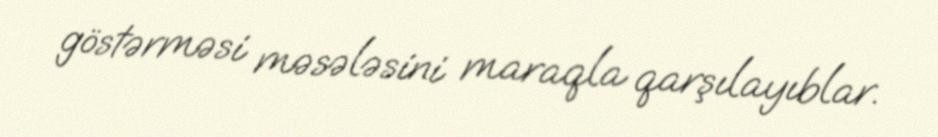
göstərməsi məsələsini maraqla qarşılayıblar.